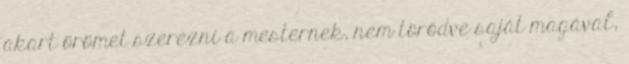
akart örömet szerezni a mesternek, nem törődve saját magával,